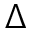
\Delta